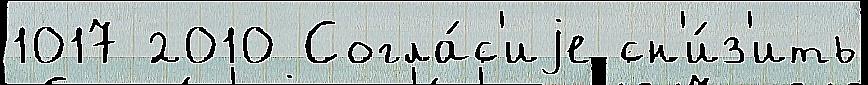
1017 2010 Согла́с'иjе сн'и́з'ить